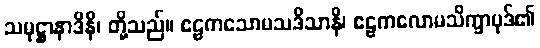
သမုဋ္ဌာနာဒိနိ၊ တို့သည်။ ဧဠကသောမသဒိသာနိ၊ ဧဠကလောမသိက္ခာပုဒ်၏